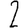
Digit: 2